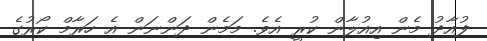
ފުއާދު މެން އިއުލާން ކުރީ އެވެ. މަމެން ދަންނަން އެ ހަރާމް ކޯރުގެ